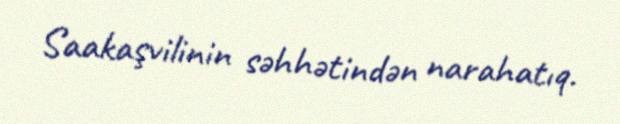
Saakaşvilinin səhhətindən narahatıq.